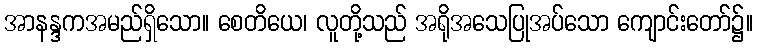
အာနန္ဒကအမည်ရှိသော။ စေတိယေ၊ လူတို့သည် အရိုအသေပြုအပ်သော ကျောင်းတော်၌။